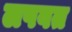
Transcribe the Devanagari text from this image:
लपवत